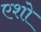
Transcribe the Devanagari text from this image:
एशो